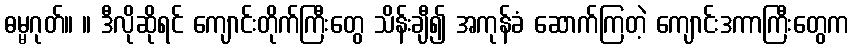
ဓမ္မဂုတ်။ ။ ဒီလိုဆိုရင် ကျောင်းတိုက်ကြီးတွေ သိန်းချီ၍ အကုန်ခံ ဆောက်ကြတဲ့ ကျောင်းဒကာကြီးတွေက